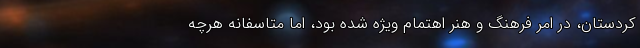
کردستان، در امر فرهنگ و هنر اهتمام ویژه شده بود، اما متاسفانه هرچه